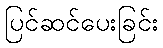
ပြင်ဆင်ပေးခြင်း